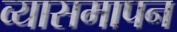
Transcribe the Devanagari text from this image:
व्यासमापन